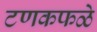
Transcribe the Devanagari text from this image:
टणकफळे